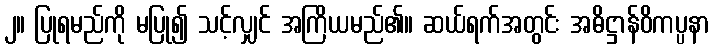
၂။ ပြုရမည်ကို မပြု၍ သင့်လျှင် အကြိယမည်၏။ ဆယ်ရက်အတွင်း အဓိဋ္ဌာန်ဝိကပ္ပနာ